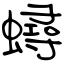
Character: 蟳